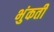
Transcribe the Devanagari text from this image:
भुंकती